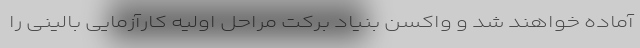
آماده خواهند شد و واکسن بنیاد برکت مراحل اولیه کارآزمایی بالینی را